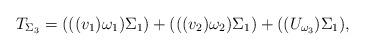
LaTeX: \begin{align*}T_{\Sigma_3}=(((v_1)\omega_1)\Sigma_1)+(((v_2)\omega_2)\Sigma_1)+((U_{\omega_3})\Sigma_1),\end{align*}